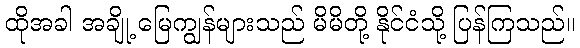
ထိုအခါ အချို့ မြေကျွန်များသည် မိမိတို့ နိုင်ငံသို့ ပြန်ကြသည်။